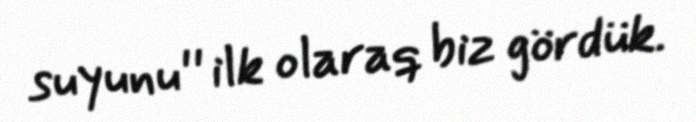
suyunu'' ilk olaraq biz gördük.